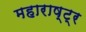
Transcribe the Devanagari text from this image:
महाराष्ट्र